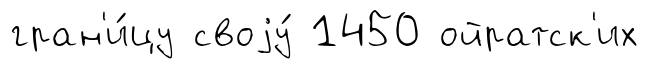
гран'и́цу своjу́ 1450 ойратск'их